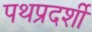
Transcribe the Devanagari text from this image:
पथप्रदर्शी